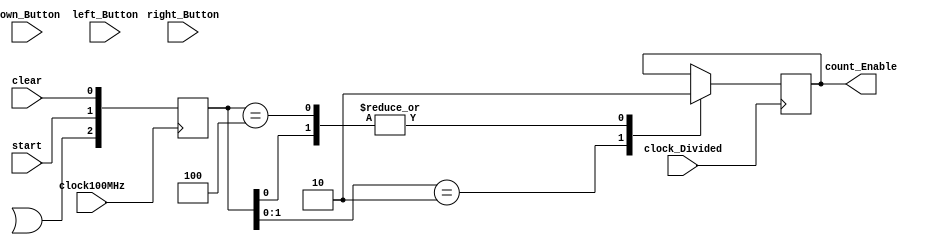
module Control(
  // Setup the inputs & outputs for the module
  input clock100MHz,
  input clock_Divided,
  input start,
  input down_Button,
  input right_Button,
  input left_Button,
  clear,
  output reg count_Enable
);

// Declare wire bus for the buttons
reg [2:0] button_Press;

// Declare register to store the different states
reg [1:0] state;

// Preform state change every positive edge of the 100MHz clock
always @ (posedge clock100MHz) begin
  // Check for the button press
  button_Press[0] = clear;
  button_Press[1] = start;
  button_Press[2] = (right_Pause | left_Pause);
end

// Preform state change every positive edge of the divided clock
always @ (posedge clock_Divided) begin
  // Set the current state
  casex(button_Press)
  3'bxx1: begin
    state = 2'b01;
    count_Enable = 1'b0; end
  3'bx10: begin
    state = 2'b11;
    count_Enable = 1'b1; end
  3'b100: begin
    state = 2'b10;
    count_Enable =  1'b0; end
  default: begin
    state = 2'b00;
    count_Enable = count_Enable; end
  endcase
end
endmodule